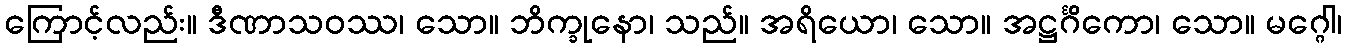
ကြောင့်လည်း။ ဒီဏာသဝဿ၊ သော။ ဘိက္ခုနော၊ သည်။ အရိယော၊ သော။ အဋ္ဌင်္ဂိကော၊ သော။ မဂ္ဂေါ၊